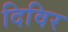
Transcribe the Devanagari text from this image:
दिविर